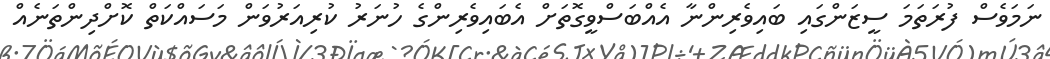
ނަމަވެސް ފުރަތަމަ ސީޒަންގައި ބައިވެރިންނާ އެއްބަސްވީގޮތަށް އެބައިވެރިންގެ ހުނަރު ކުރިއަރުވަން މަސައްކަތް ކޮށްދިންތަނެއް